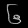
Digit: ၆